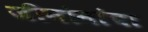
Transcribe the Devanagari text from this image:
जीनोमांचा